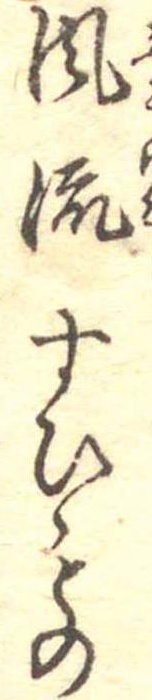
風流すひもの